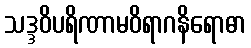
သဒ္ဒဝိပရိဏာမဝိရာဂနိရောဓာ